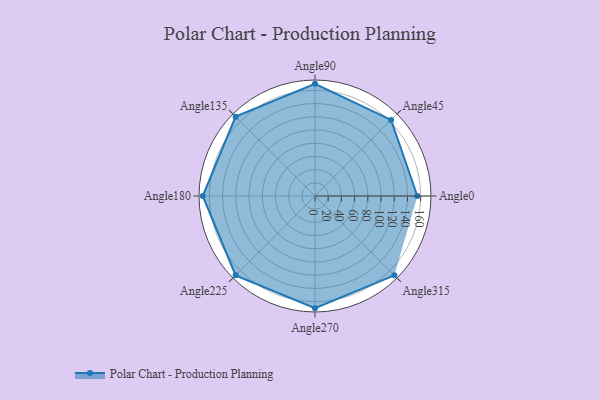
{"axis": {"x": "Angle", "y": "Radius"}, "legend": [""], "data": [{"x": "Angle0", "y": 155.0, "type": ""}, {"x": "Angle45", "y": 163.0, "type": ""}, {"x": "Angle90", "y": 170.0, "type": ""}, {"x": "Angle135", "y": 170, "type": ""}, {"x": "Angle180", "y": 170, "type": ""}, {"x": "Angle225", "y": 170, "type": ""}, {"x": "Angle270", "y": 170, "type": ""}, {"x": "Angle315", "y": 170, "type": ""}]}